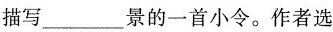
描写___景的一首小令。作者选